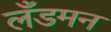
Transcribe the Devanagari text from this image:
लँडमन